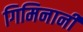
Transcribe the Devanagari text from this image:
गिमिनानी